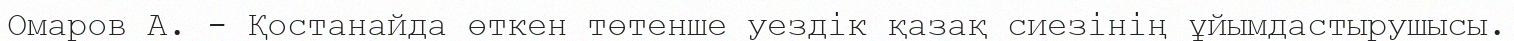
Омаров А. - Қостанайда өткен төтенше уездік қазақ сиезінің ұйымдастырушысы.